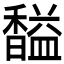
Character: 𲋱